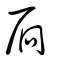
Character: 扃